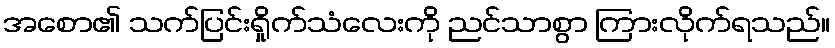
အစော၏ သက်ပြင်းရှိုက်သံလေးကို ညင်သာစွာ ကြားလိုက်ရသည်။